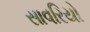
સાવરિયો